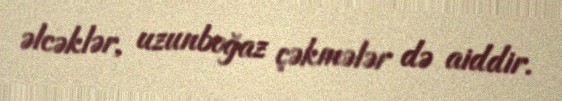
əlcəklər, uzunboğaz çəkmələr də aiddir.